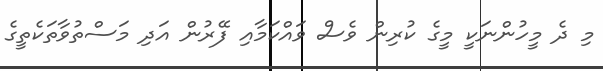
މި ދެ މީހުންނަކީ މީގެ ކުރިން ވެސް ވައްކަމާއި ފޭރުން އަދި މަސްތުވާތަކެތީގެ